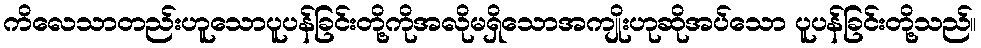
ကိလေသာတည်းဟူသောပူပန်ခြင်းတို့ကိုအလိုမရှိသောအကျိုးဟုဆိုအပ်သော ပူပန်ခြင်းတို့သည်။